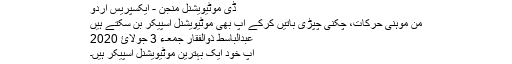
ڈی موٹیویشنل منجن - ایکسپریس اردو
من موہنی حرکات، چکنی چپڑی باتیں کرکے آپ بھی موٹیویشنل اسپیکر بن سکتے ہیں
عبدالباسط ذوالفقار جمعـء 3 جولائ 2020
آپ خود ایک بہترین موٹیویشنل اسپیکر ہیں۔